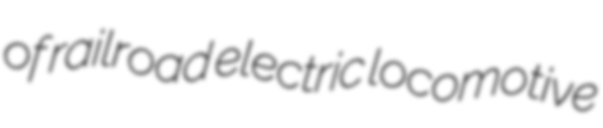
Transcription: of railroad electric locomotive